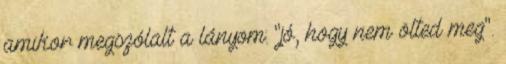
amikor megszólalt a lányom: "jó, hogy nem ölted meg".